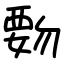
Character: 覅